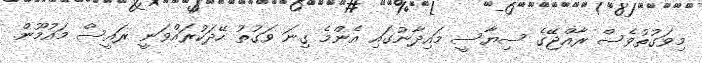
މިވަގުތުވެސް ރާއްޖޭގެ ސިޔާސީ މައިދާނުގައި އެންމެ ގިނަ ވަގުތު ހޭދަކުރައްވަނީ ރައީސް މައުމޫން.